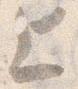
上